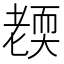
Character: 𦓜